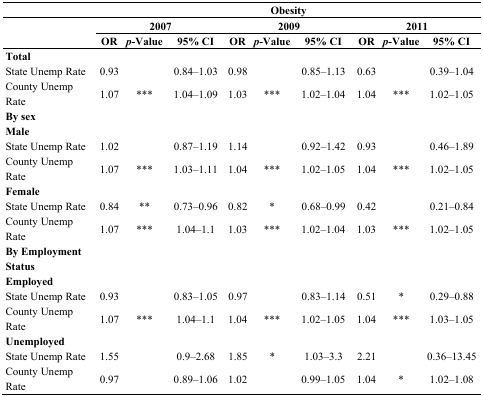
<table><thead><tr><td></td><td colspan="9"><b>Obesity</b></td></tr><tr><td></td><td colspan="3"><b>2007</b></td><td colspan="3"><b>2009</b></td><td colspan="3"><b>2011</b></td></tr><tr><td></td><td><b>OR</b></td><td><b><i>p</i>-Value</b></td><td><b>95% CI</b></td><td><b>OR</b></td><td><b><i>p</i>-Value</b></td><td><b>95% CI</b></td><td><b>OR</b></td><td><b><i>p</i>-Value</b></td><td><b>95% CI</b></td></tr></thead><tbody><tr><td><b>Total</b></td><td></td><td></td><td></td><td></td><td></td><td></td><td></td><td></td><td></td></tr><tr><td>State Unemp Rate</td><td>0.93</td><td></td><td>0.84–1.03</td><td>0.98</td><td></td><td>0.85–1.13</td><td>0.63</td><td></td><td>0.39–1.04</td></tr><tr><td>County Unemp Rate</td><td>1.07</td><td>***</td><td>1.04–1.09</td><td>1.03</td><td>***</td><td>1.02–1.04</td><td>1.04</td><td>***</td><td>1.02–1.05</td></tr><tr><td><b>By sex</b></td><td></td><td></td><td></td><td></td><td></td><td></td><td></td><td></td><td></td></tr><tr><td><b>Male</b></td><td></td><td></td><td></td><td></td><td></td><td></td><td></td><td></td><td></td></tr><tr><td>State Unemp Rate</td><td>1.02</td><td></td><td>0.87–1.19</td><td>1.14</td><td></td><td>0.92–1.42</td><td>0.93</td><td></td><td>0.46–1.89</td></tr><tr><td>County Unemp Rate</td><td>1.07</td><td>***</td><td>1.03–1.11</td><td>1.04</td><td>***</td><td>1.02–1.05</td><td>1.04</td><td>***</td><td>1.02–1.05</td></tr><tr><td><b>Female</b></td><td></td><td></td><td></td><td></td><td></td><td></td><td></td><td></td><td></td></tr><tr><td>State Unemp Rate</td><td>0.84</td><td>**</td><td>0.73–0.96</td><td>0.82</td><td>*</td><td>0.68–0.99</td><td>0.42</td><td></td><td>0.21–0.84</td></tr><tr><td>County Unemp Rate</td><td>1.07</td><td>***</td><td>1.04–1.1</td><td>1.03</td><td>***</td><td>1.02–1.04</td><td>1.03</td><td>***</td><td>1.02–1.05</td></tr><tr><td><b>By Employment Status</b></td><td></td><td></td><td></td><td></td><td></td><td></td><td></td><td></td><td></td></tr><tr><td><b>Employed</b></td><td></td><td></td><td></td><td></td><td></td><td></td><td></td><td></td><td></td></tr><tr><td>State Unemp Rate</td><td>0.93</td><td></td><td>0.83–1.05</td><td>0.97</td><td></td><td>0.83–1.14</td><td>0.51</td><td>*</td><td>0.29–0.88</td></tr><tr><td>County Unemp Rate</td><td>1.07</td><td>***</td><td>1.04–1.1</td><td>1.04</td><td>***</td><td>1.02–1.05</td><td>1.04</td><td>***</td><td>1.03–1.05</td></tr><tr><td><b>Unemployed</b></td><td></td><td></td><td></td><td></td><td></td><td></td><td></td><td></td><td></td></tr><tr><td>State Unemp Rate</td><td>1.55</td><td></td><td>0.9–2.68</td><td>1.85</td><td>*</td><td>1.03–3.3</td><td>2.21</td><td></td><td>0.36–13.45</td></tr><tr><td>County Unemp Rate</td><td>0.97</td><td></td><td>0.89–1.06</td><td>1.02</td><td></td><td>0.99–1.05</td><td>1.04</td><td>*</td><td>1.02–1.08</td></tr></tbody></table>